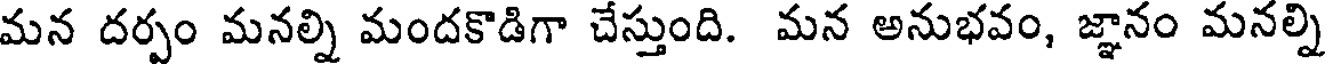
మన దర్పం మనల్ని మందకొడిగా చేస్తుంది. మన అనుభవం, జ్ఞానం మనల్ని